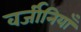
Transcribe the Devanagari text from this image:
वर्जीनियाँ